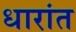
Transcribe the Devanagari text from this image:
धारांत